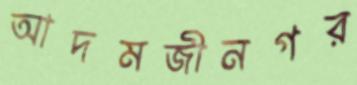
আদমজীনগর